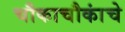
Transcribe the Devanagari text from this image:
चौकाचौकांचे